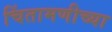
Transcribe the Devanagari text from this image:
चिंतामणीच्या